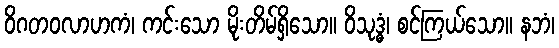
ဝိဂတဝလာဟကံ၊ ကင်းသော မိုးတိမ်ရှိသော။ ဝိသုဒ္ဓံ၊ စင်ကြယ်သော။ နဘံ၊